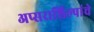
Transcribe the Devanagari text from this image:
अप्सराशिल्पांचे